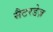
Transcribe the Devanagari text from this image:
सैटरडेज़